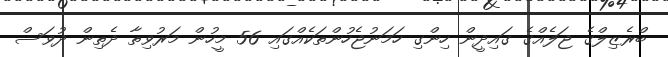
ބްރެޒިލްގެ ޖަލެއްގެ ގައިދީން ހިންގި ހަމަނުޖެހުންތަކެއްގައި 56 މީހުން މަރުވިތާ ދެތިން ދުވަސް